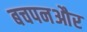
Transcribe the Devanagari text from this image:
बचपनऔर